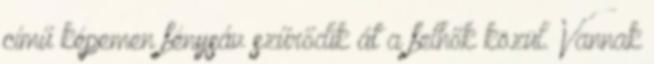
című képemen fénysáv szűrődik át a felhők közül. Vannak